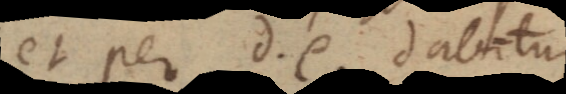
et per d, e, dabitur